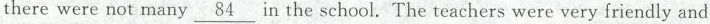
there were not many \underline{84} in the school. The teachers were very friendly and